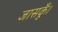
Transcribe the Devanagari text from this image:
जासकूँ।